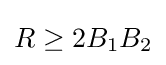
R\geq 2B_{1}B_{2}